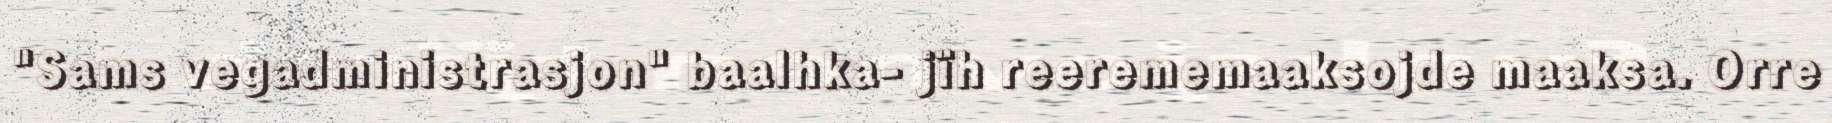
"Sams vegadministrasjon" baalhka- jïh reerememaaksojde maaksa. Orre